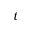
t